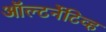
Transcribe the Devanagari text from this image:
ऑल्टर्नेटिव्ह